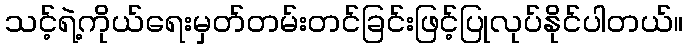
သင့်ရဲ့ကိုယ်ရေးမှတ်တမ်းတင်ခြင်းဖြင့်ပြုလုပ်နိုင်ပါတယ်။